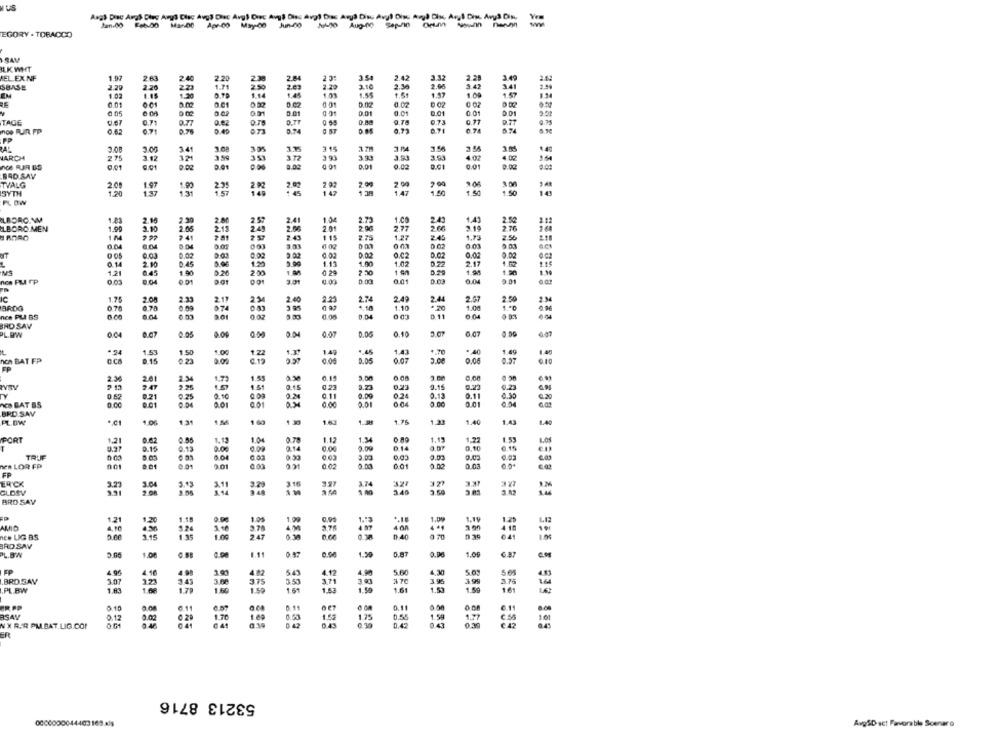
IUS
Angl Disc Args Dies Avys Clac Avgs Diec Avg) Ciec Avy, Diss avg) Dias Arya Disu Avyl Diss Avya Disc Aryl Din Ary3 Din
EGORY - TOBACCO
SAM
ILK WHT
EL EXNF
1.97
263
2.40
2.20
230
2 04
2.43
3.32
2.28
3.49
SBASE
2.29
2.20
223
1.71
2.50
2.29
3.10
3.42
14
EN
1.02
1.20
1.14
1.45
1.47
1.00
1.57
0.02
0.02
6.05
0.01
0.01
0.01
0.01
TAGE
0.71
0.77
0.62
0 58
0.00
D.IT
noe RUIR. FP
0.63
0.71
0.76
3.40
673
0.74
PP
3.08
3.00
341
325
315
275
32
3.59
3.93
3.93
4 0℃
MARCH
3.12
351
0.01
0.01
9.01
9.02
0.01
0.01
0.02
0.00
BAD SAV
TVALG
2.00
1.97
1.90
2.35
2.02
2.02
2.07
2 00
SYTH
1.70
137
1.3m
1.47
1.50
1.50
PLOW
ILBORC.NM
1.83
2.16
2.30
2.00
2.5"
1.04
2.73
1.00
2.43
1.41
2.5%
LBORO MEN
1.90
3.10
2.05
215
2.49
2.01
2.00
2.77
2.19
2.76
1 4
9 41
1 15
2.75
1.27
2.45
1.73
25%
001
1.03
0.02
0.62
2.02
9.02
0.02
0.02
0.02
0.1
2.10
0.45
1.20
2.00
1.11
1.00
1.02
0 .72
2.17
1.21
0.45
1.90
2.00
0 29
220
1 90
1.20
0.01
0 04
0 01
3.01
0.00
0.03
0.0
0.01
2.44
ie
1.76
2.08
2.11
2.34
2.40
2 2
2.7
2.4
2.67
2.50
2.34
0.78
. 78
07
4.10
1.10
nce PLA BS
0 04
0.11
0.04
BAD SAV
PL.WW
004
0.07
0.00
0.04
0.01
0.04
0.10
6.07
0.47
.24
1.53
1.50
1.00
1.22
14
.45
1.43
. 40
1.49
1.40
non BAT FP
CCA
0.15
0.23
0.00
0.00
0.05
0.02
2.00
0.06
0.97
6.10
2.30
20
234
1.7
1.55
3.30
0.15
2.47
2.25
1.5
2.15
0.2
9.16
0.0ª
024
0.13
0.67
0.21
0.25
2.00
0.11
0.11
ACS BAT BS
0.01
001
0.01
0.00
2.01
0.00
0.01
BRD SAV
PL.DW
1.5
1 60
130
1.75
1.23
1.40
1.43
1.40
1.34
1.53
SCAT
1.2
0.62
0.56
1.13
1.0
1.12
1.45
0.10
6.15
9.15
0.13
5.09
TELE
MER LOR FP
9.01
0.00
0.02
0.01
2.00
0.03
FP
ER'CK
3.04
3.16
3.74
3.27
5.00
1.40
GLDSV
BRD SAV
1.20
0.90
1.09
1.19
AMRO
2.76
1.1
4 08
1.15
1.00
3.78
0.06
041
RE. LIG BS
BRD SAV
PL.B'W
0.87
0.00
1.59
0.87
1.00
FP
4.46
402
543
4.12
5.60
4.30
5.es
.BRO SAV
3.07
3.41
375
3.99
121
3.71
1.64
.PL.BW
1.83
1.00
1.60
1.59
1.61
1.53
1.50
1.61
1.53
R PP
0,10
6.11
6.57
0.11
aSAY
2.02
1.70
1.75
0.55
1.59
101
0.12
0.30
0.47
0.43
0.30
1.77
NX RER PMLBAT.LIG.COF
ER
53213 8716
0000000044403165-435
Avg&D sct Favorable Scenaro